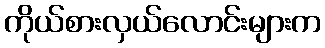
ကိုယ်စားလှယ်လောင်းများက